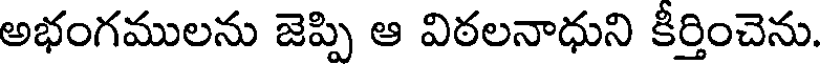
అభంగములను జెప్పి ఆ విఠలనాధుని కీర్తించెను.